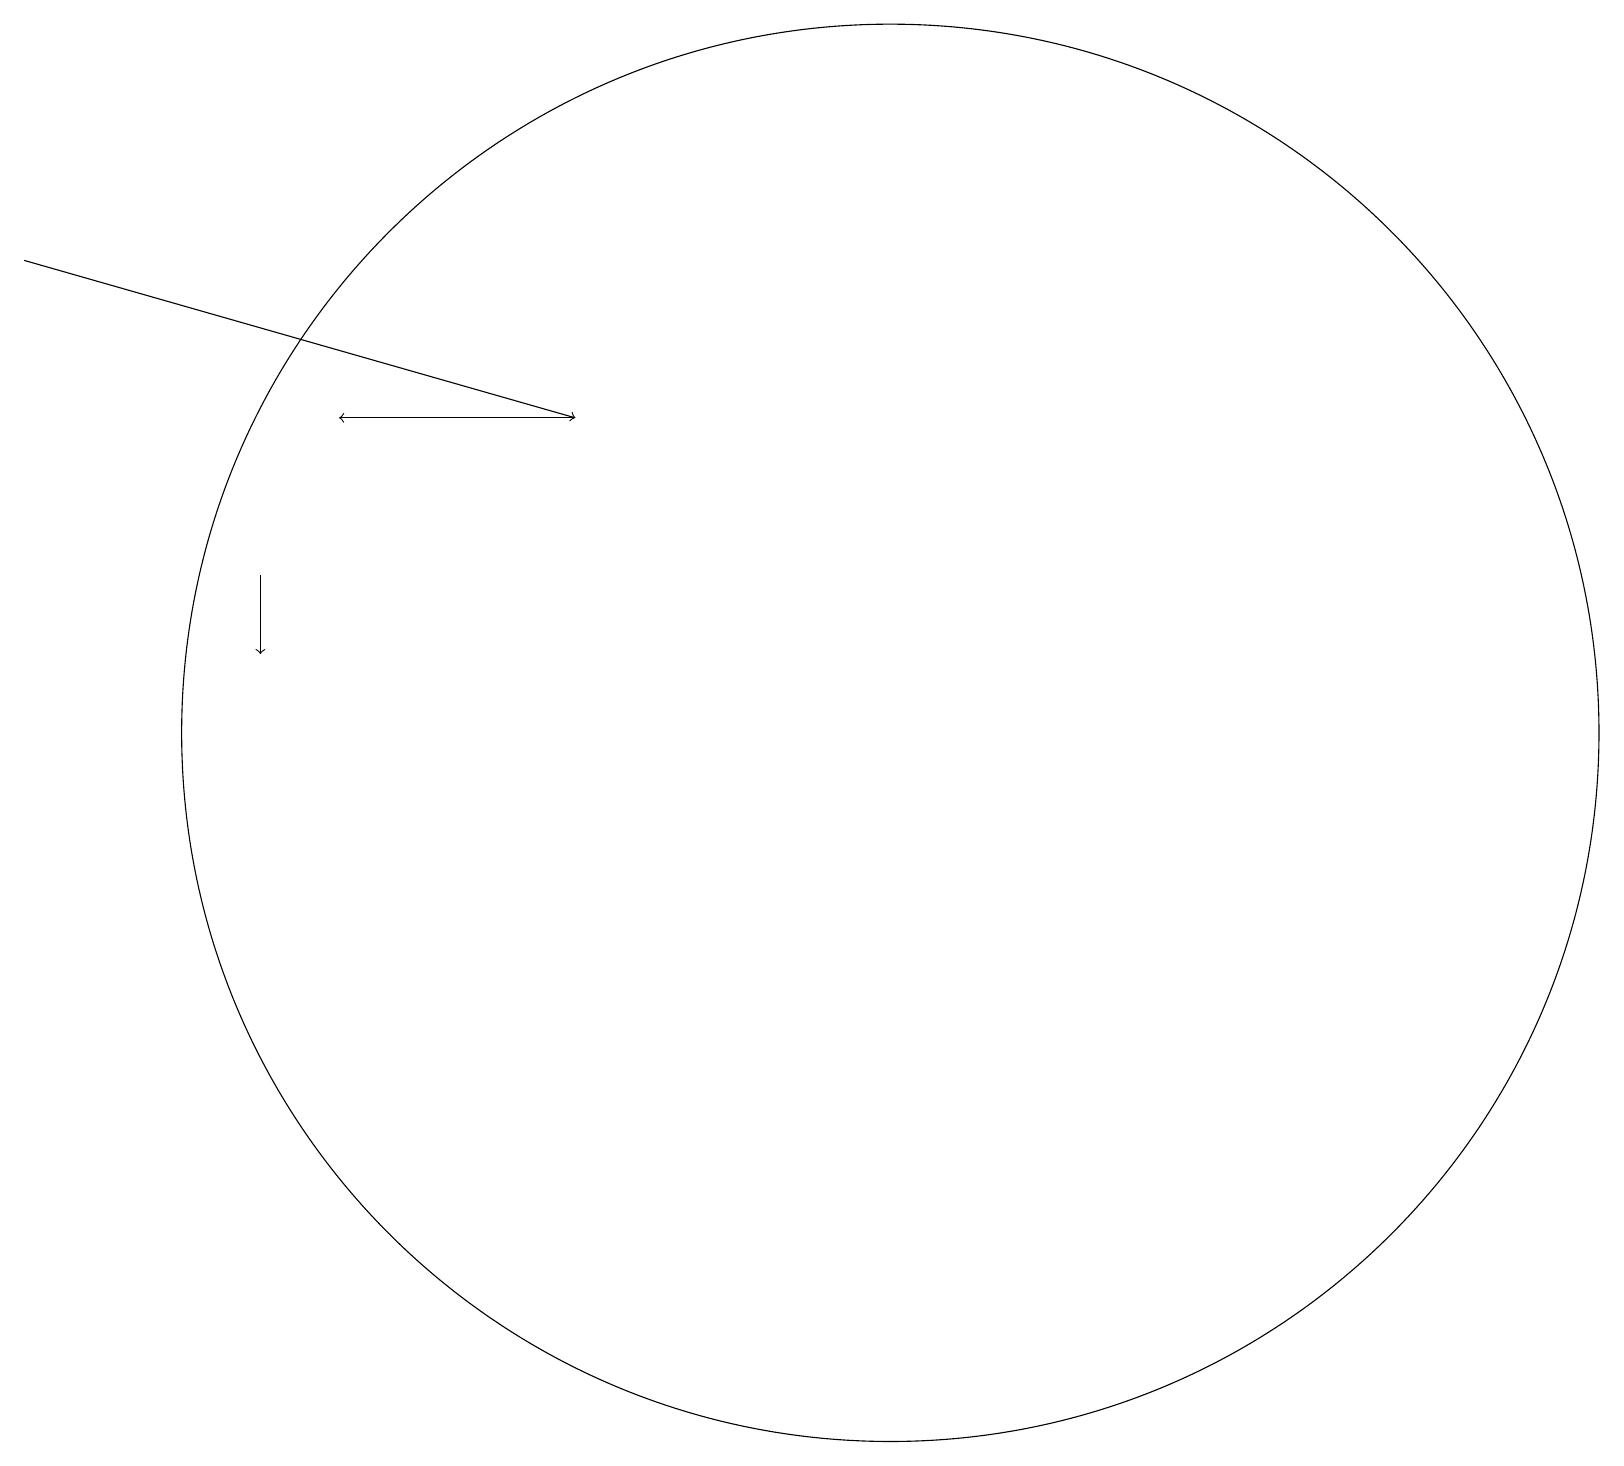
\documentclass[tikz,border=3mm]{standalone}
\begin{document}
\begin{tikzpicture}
\draw[->] (0,17) -- (7,15);
\draw[->] (3,13) -- (3,12);
\draw (11,11) circle (9);
\draw[->] (7,15) -- (4,15);
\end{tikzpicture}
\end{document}